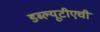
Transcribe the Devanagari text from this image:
डब्ल्यूटीएची